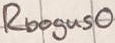
Text: Rbogus0